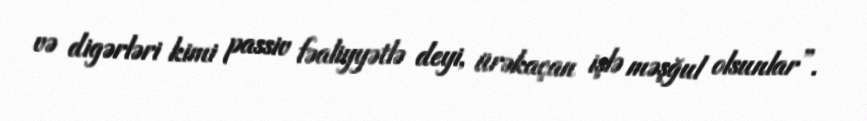
və digərləri kimi passiv fəaliyyətlə deyi, ürəkaçan işlə məşğul olsunlar”.